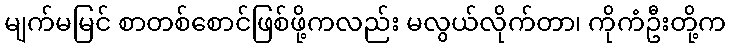
မျက်မမြင် စာတစ်စောင်ဖြစ်ဖို့ကလည်း မလွယ်လိုက်တာ၊ ကိုကံဦးတို့က